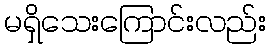
မရှိသေးကြောင်းလည်း